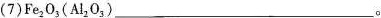
(7)Fe_{2}O_{3}(Al_{2}O_{3})___。